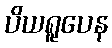
ပိယရူပေန